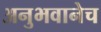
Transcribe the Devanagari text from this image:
अनुभवानेच